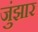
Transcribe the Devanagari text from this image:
जुंझार